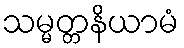
သမ္မတ္တနိယာမံ